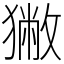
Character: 獙